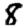
Digit: 8